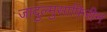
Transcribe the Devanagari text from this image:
जादुल्मुसाफ़िरीन